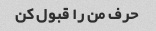
حرف من را قبول کن